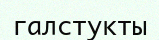
галстукты